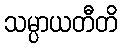
သမ္ပာယတီတိ